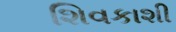
શિવકાશી